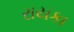
રાયકા